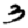
Digit: 3